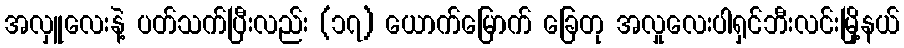
အလှူလေးနဲ့ ပတ်သက်ပြီးလည်း (၁၇) ယောက်မြောက် ခြေတု အလှုလေးပါရှင်ဘီးလင်းမြို့နယ်